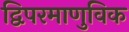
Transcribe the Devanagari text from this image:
द्विपरमाणुविक